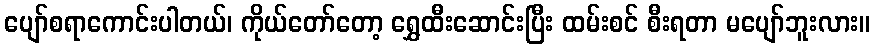
ပျော်စရာကောင်းပါတယ်၊ ကိုယ်တော်တော့ ရွှေထီးဆောင်းပြီး ထမ်းစင် စီးရတာ မပျော်ဘူးလား။